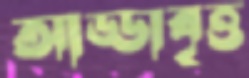
আড্ডাবৃত্ত